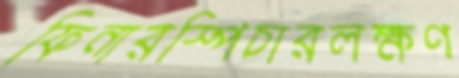
ফিনারস্পিচারলক্ষণ